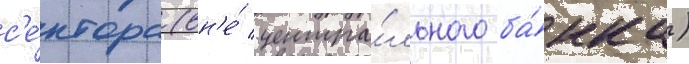
с'е́ктора (вн'е́ центра́льного ба́нка)